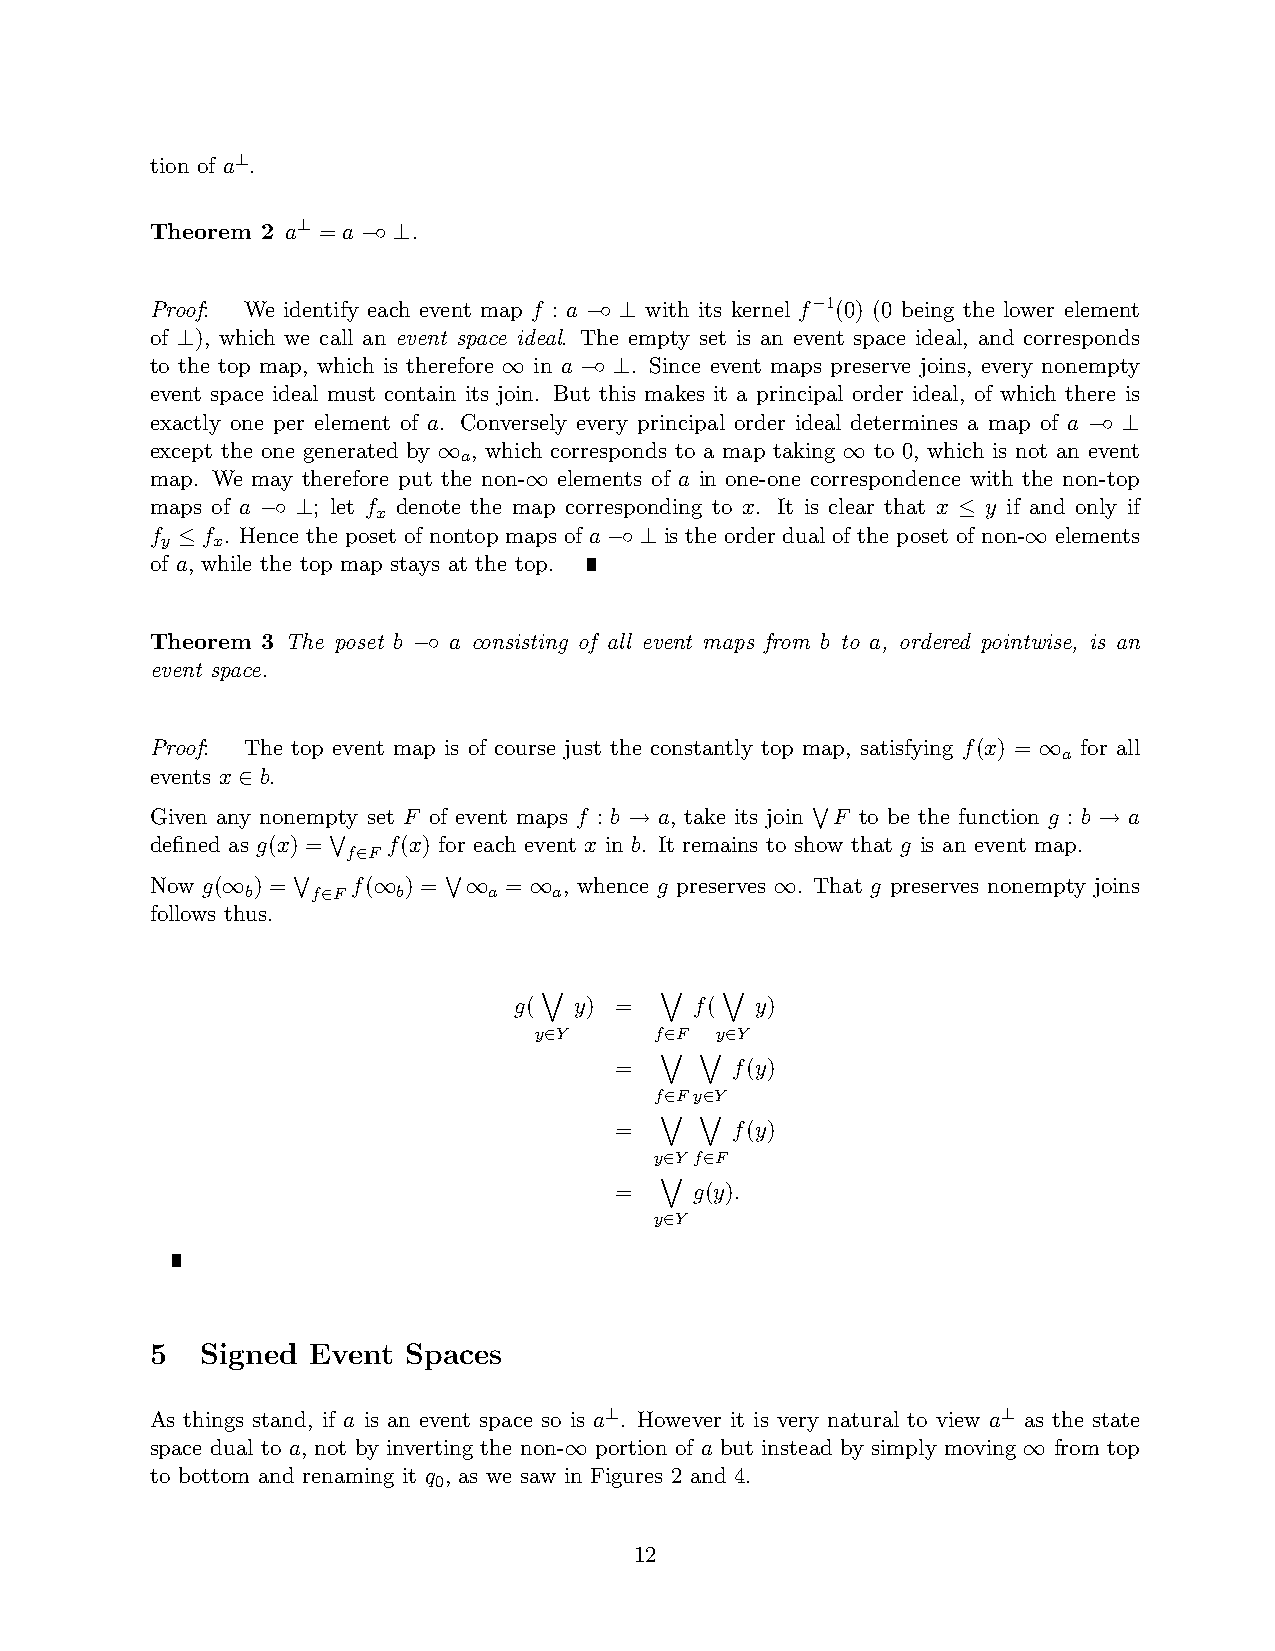
tion of a⊥.
 Theorem 2 a⊥ = a −◦ ⊥.
 Proof: We identify each event map f : a −◦ ⊥ with its kernel f−1(0) (0 being the lower element
 of ⊥), which we call an event space ideal. The empty set is an event space ideal, and corresponds
 to the top map, which is therefore ∞ in a −◦ ⊥. Since event maps preserve joins, every nonempty
 event space ideal must contain its join. But this makes it a principal order ideal, of which there is
 exactly one per element of a. Conversely every principal order ideal determines a map of a −◦ ⊥
 except the one generated by ∞ , which corresponds to a map taking ∞ to 0, which is not an event
 a
 map. We may therefore put the non-∞ elements of a in one-one correspondence with the non-top
 maps of a −◦ ⊥; let f denote the map corresponding to x. It is clear that x ≤ y if and only if
 x
 f ≤ f . Hence the poset of nontop maps of a −◦ ⊥ is the order dual of the poset of non-∞ elements
 y  x
 of a, while the top map stays at the top.
 Theorem 3 The poset b −◦ a consisting of all event maps from b to a, ordered pointwise, is an
 event space.
 Proof: The top event map is of course just the constantly top map, satisfying f(x) = ∞ for all
 a
 events x ∈ b.
 Given any nonempty set F of event maps f : b → a, take its join WF to be the function g : b → a
 defined as g(x) = W f(x) for each event x in b. It remains to show that g is an event map.
 f∈F
 Now g(∞ ) = W f(∞ ) = W∞ = ∞ , whence g preserves ∞. That g preserves nonempty joins
 b    f∈F  b     a    a
 follows thus.
 _       _   _
 g(  y) =    f(  y)
 y∈Y     f∈F y∈Y
 _ _
 =      f(y)
 f∈Fy∈Y
 _ _
 =      f(y)
 y∈Y f∈F
 _
 =    g(y).
 y∈Y
 5  Signed Event  Spaces
 As things stand, if a is an event space so is a⊥. However it is very natural to view a⊥ as the state
 space dual to a, not by inverting the non-∞ portion of a but instead by simply moving ∞ from top
 to bottom and renaming it q , as we saw in Figures 2 and 4.
 0
 12